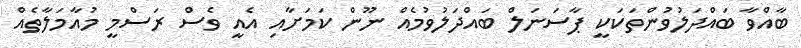
ބާއްވާ ބައްދަލުވުންތަކަކީ ޕާސަނަލް ބައްދަލުވުމެއް ނޫން ކަމަށާއި އެއީ ވެސް ރަސްމީ މުއާމަލާތެއް